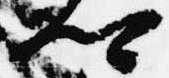
卿